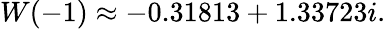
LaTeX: W(-1)\approx-0.31813+1.33723i.